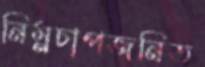
নিম্নচাপজনিত